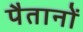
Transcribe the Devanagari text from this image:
पैतानों